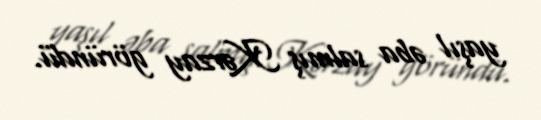
yaşıl əba salmış Kərzay göründü.